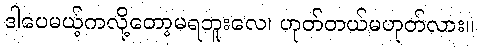
ဒါပေမယ့်ကလို့တော့မရဘူးလေ၊ ဟုတ်တယ်မဟုတ်လား။